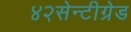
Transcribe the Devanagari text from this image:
४२सेन्टीग्रेड